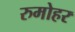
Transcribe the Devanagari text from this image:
रुमोहर